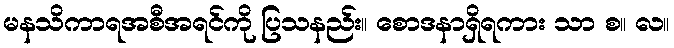
မနသိကာရအစီအရင်ကို ပြသနည်း။ စောဒနာရှိရကား သာ စ။ လ။